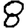
Digit: 8